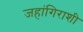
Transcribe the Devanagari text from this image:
जहांगिराशी